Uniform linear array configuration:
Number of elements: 8
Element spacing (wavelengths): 0.25
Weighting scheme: cosine
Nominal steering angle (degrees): -60
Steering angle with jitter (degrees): -58.826
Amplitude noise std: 0.05
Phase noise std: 0.05

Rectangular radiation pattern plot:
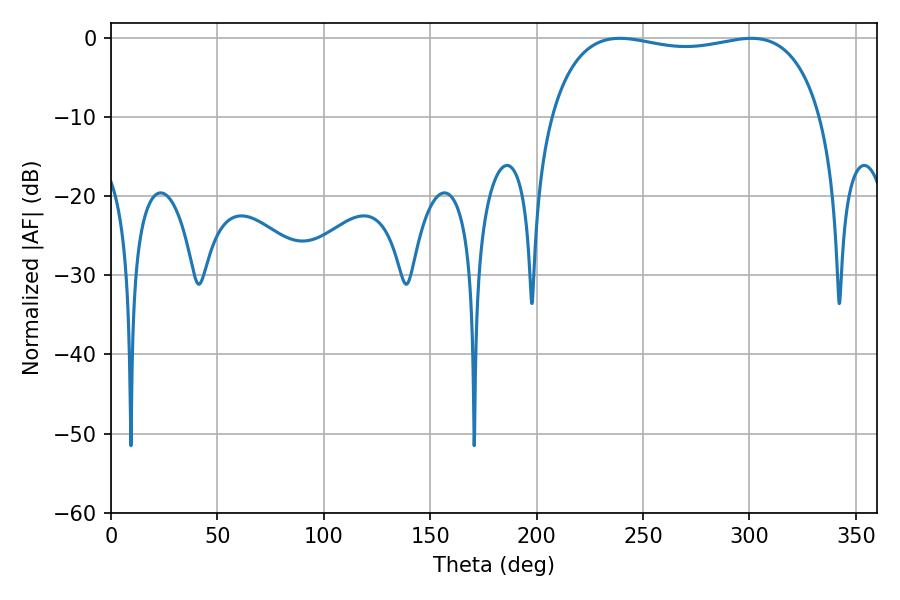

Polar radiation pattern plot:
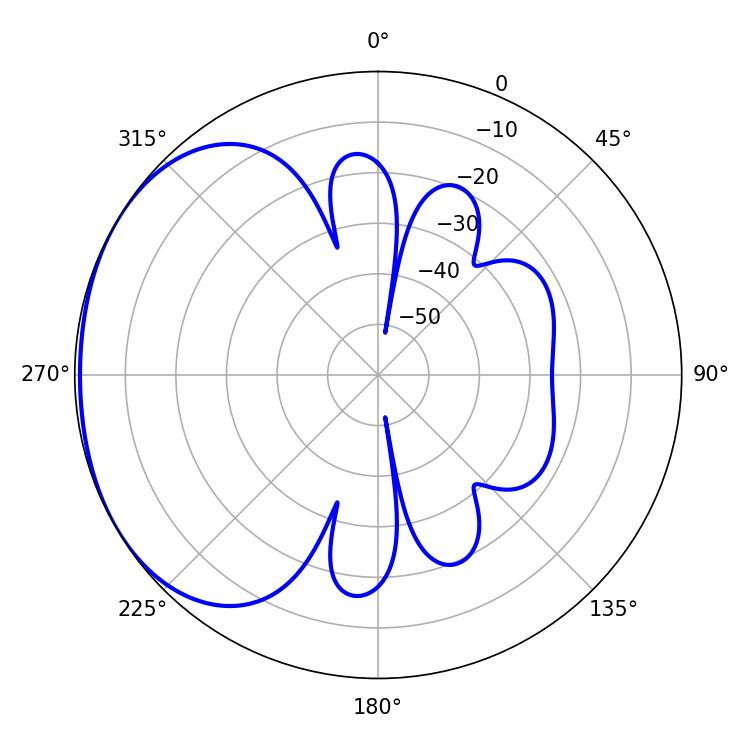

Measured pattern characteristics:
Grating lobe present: FALSE
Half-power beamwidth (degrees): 102.96
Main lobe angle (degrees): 300.96